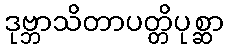
ဒုဗ္ဘာသိတာပတ္တိပုစ္ဆာ